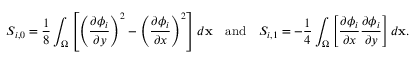
S _ { i , 0 } = \frac { 1 } { 8 } \int _ { \Omega } \left[ \left( \frac { \partial \phi _ { i } } { \partial y } \right) ^ { 2 } - \left( \frac { \partial \phi _ { i } } { \partial x } \right) ^ { 2 } \right] d \mathbf { x } \quad \mathrm { a n d } \quad S _ { i , 1 } = - \frac { 1 } { 4 } \int _ { \Omega } \left[ \frac { \partial \phi _ { i } } { \partial x } \frac { \partial \phi _ { i } } { \partial y } \right] d \mathbf { x } .